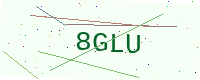
Text: 8GLU